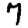
Digit: 7